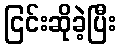
ငြင်းဆိုခဲ့ပြီး